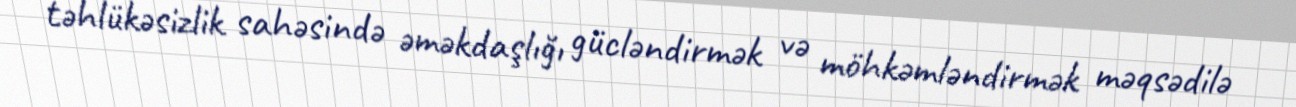
təhlükəsizlik sahəsində əməkdaşlığı gücləndirmək və möhkəmləndirmək məqsədilə